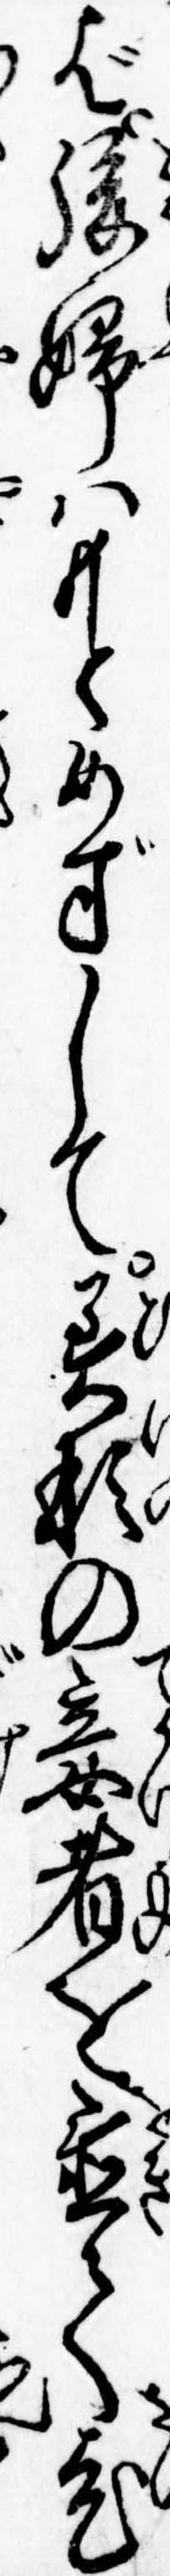
ば後婦はもとめずして美形の妾者を置て老